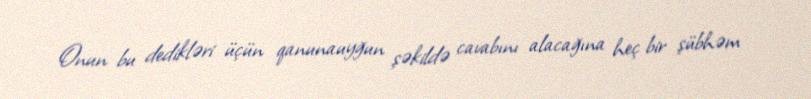
Onun bu dedikləri üçün qanunauyğun şəkildə cavabını alacağına heç bir şübhəm